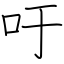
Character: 吁